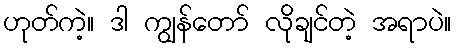
ဟုတ်ကဲ့။ ဒါ ကျွန်တော် လိုချင်တဲ့ အရာပဲ။